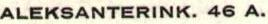
ALEKSANTERINK. 46 A.